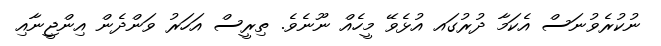
ނުކުރެވުނަސް އެކަމާ ދުރުގައ އުޅެވޭ މީހެއް ނޫނެވެ. ތިރީސް އަހަރު ވަންދެން އިންޖީނާއި